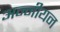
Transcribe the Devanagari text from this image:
अन्नीयन